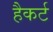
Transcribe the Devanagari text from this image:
हैकर्ट